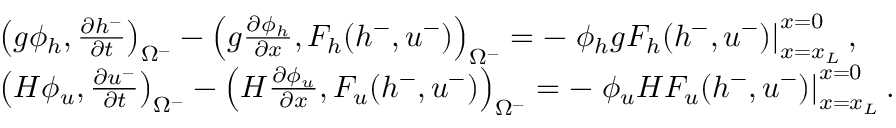
\begin{array} { r l } & { \left( g \phi _ { h } , \frac { \partial h ^ { - } } { \partial t } \right) _ { \Omega ^ { - } } - \left( g \frac { \partial \phi _ { h } } { \partial x } , F _ { h } ( h ^ { - } , u ^ { - } ) \right) _ { \Omega ^ { - } } = - \left. \phi _ { h } g F _ { h } ( h ^ { - } , u ^ { - } ) \right| _ { x = x _ { L } } ^ { x = 0 } , } \\ & { \left( H \phi _ { u } , \frac { \partial u ^ { - } } { \partial t } \right) _ { \Omega ^ { - } } - \left( H \frac { \partial \phi _ { u } } { \partial x } , F _ { u } ( h ^ { - } , u ^ { - } ) \right) _ { \Omega ^ { - } } = - \left. \phi _ { u } H F _ { u } ( h ^ { - } , u ^ { - } ) \right| _ { x = x _ { L } } ^ { x = 0 } . } \end{array}